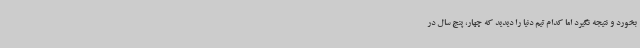
بخورد و نتیجه نگیرد اما کدام تیم دنیا را دیدید که چهار، پنج سال در